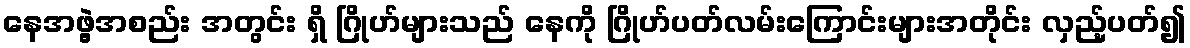
နေအဖွဲ့အစည်း အတွင်း ရှိ ဂြိုဟ်များသည် နေကို ဂြိုဟ်ပတ်လမ်းကြောင်းများအတိုင်း လှည့်ပတ်၍